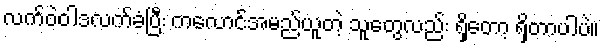
လက်ဝဲဝါဒလက်ခံပြီး ကလောင်အမည်ယူတဲ့ သူတွေလည်း ရှိတော့ ရှိတာပါပဲ။